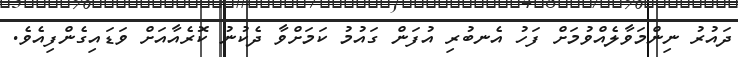
ދައުުރު ނިންމަވާލެއްވުމަށް ފަހު އެނބުރި އުފަން ގައުމު ކަމަށްވާ ދެކުނު ކޮރެއާއަށް ވަޑައިގެންފިއެވެ.